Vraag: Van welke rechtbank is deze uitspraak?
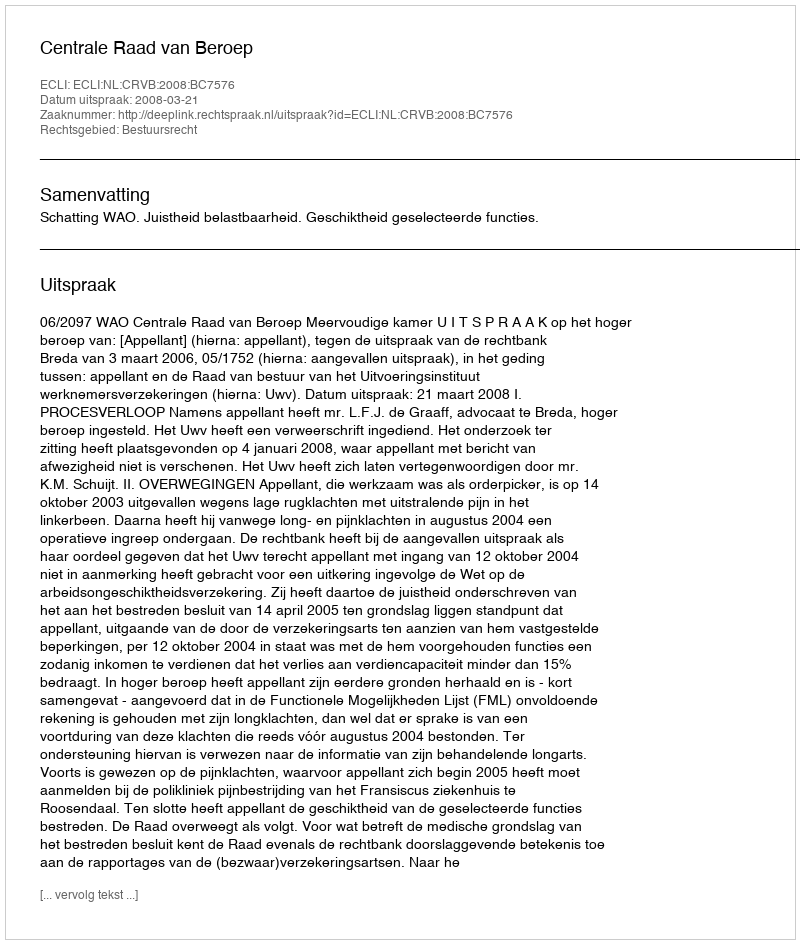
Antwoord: Centrale Raad van Beroep